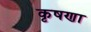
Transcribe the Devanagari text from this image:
कृषणा